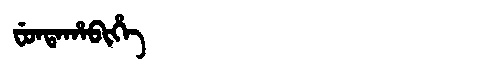
Manchu: ᠸᡠᠨᡨᠠᡥᠠᠪᡳᡥᡝ
Romanization: FUNTAHABIHE